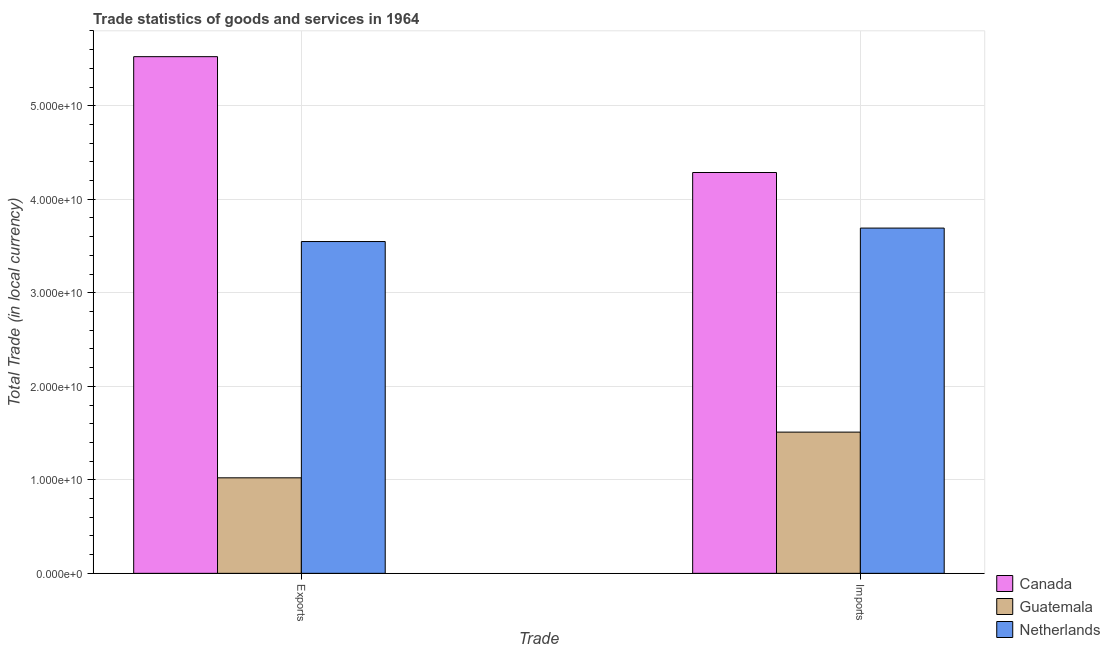
| Trade | Canada | Guatemala | Netherlands |
 | --- | --- | --- | --- |
 | Exports | 5.52e+10 | 1.02e+10 | 3.55e+10 |
 | Imports | 4.29e+10 | 1.51e+10 | 3.69e+10 |